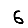
Digit: 6